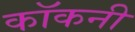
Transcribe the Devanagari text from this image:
कॉकनी